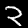
Digit: 2